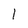
Character: 1